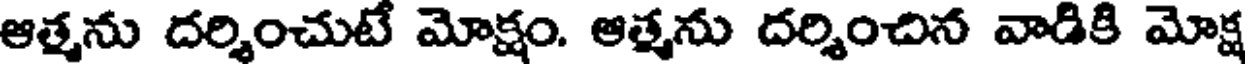
ఆత్మను దర్శించుటే మోక్షం. ఆత్మను దర్శించిన వాడికి మోక్ష